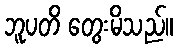
ဘူပတိ တွေးမိသည်။